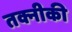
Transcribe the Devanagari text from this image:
तक्नीकी